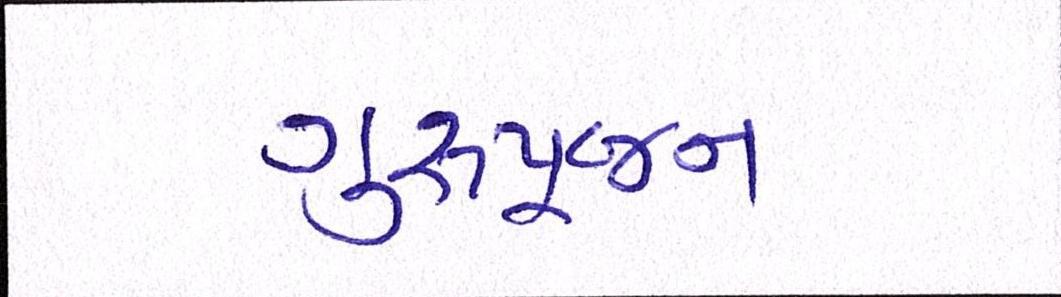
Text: ગુરૂપૂજન